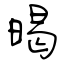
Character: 暍